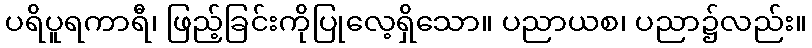
ပရိပူရကာရီ၊ ဖြည့်ခြင်းကိုပြုလေ့ရှိသော။ ပညာယစ၊ ပညာ၌လည်း။